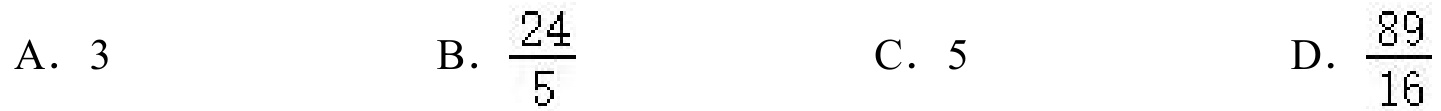
A. \(3\)
B. \(\frac{24}{5}\)
C. \(5\)
D. \(\frac{89}{16}\)